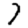
Digit: 7